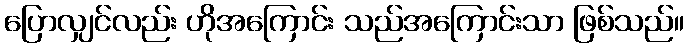
ပြောလျှင်လည်း ဟိုအကြောင်း သည်အကြောင်းသာ ဖြစ်သည်။